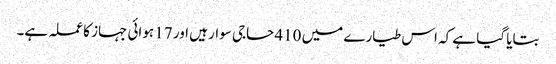
بتایا گیا ہے کہ اس طیارے میں 410 حاجی سوار ہیں اور 17 ہوائی جہاز کا عملہ ہے۔